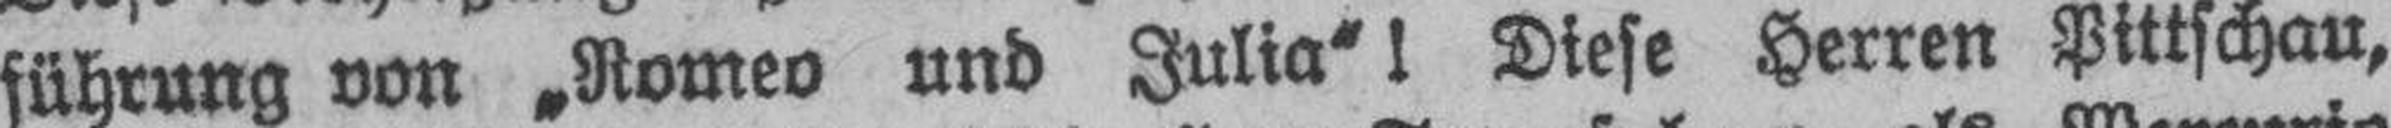
führung von „Romeo und Julia“! Diese Herren Pittschau,